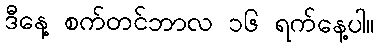
ဒီနေ့ စက်တင်ဘာလ ၁၆ ရက်နေ့ပါ။